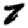
Digit: 7